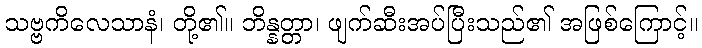
သဗ္ဗကိလေသာနံ၊ တို့၏။ ဘိန္နတ္တာ၊ ဖျက်ဆီးအပ်ပြီးသည်၏ အဖြစ်ကြောင့်။